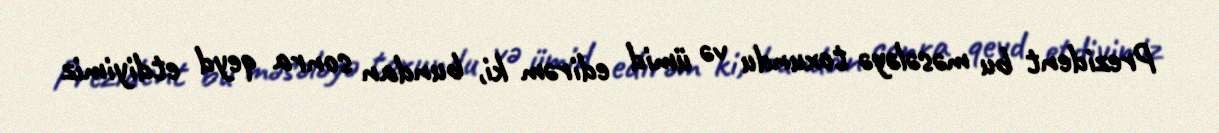
Prezident bu məsələyə toxundu və ümid edirəm ki, bundan sonra qeyd etdiyimiz